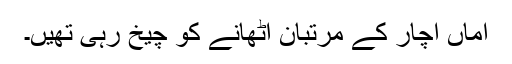
اماں اچار کے مرتبان اٹھانے کو چیخ رہی تھیں۔